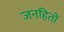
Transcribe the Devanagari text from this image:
जनहितों